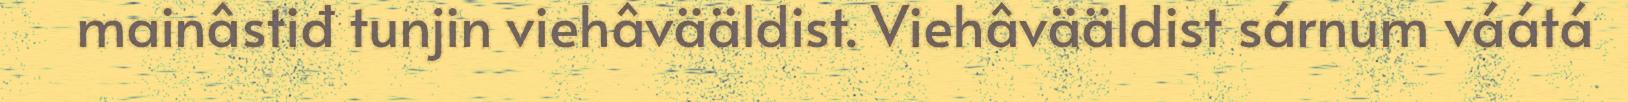
mainâstiđ tunjin viehâvääldist. Viehâvääldist sárnum váátá